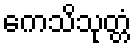
ကေသိသုတ္တံ